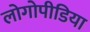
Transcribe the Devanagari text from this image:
लोगोपीडिया